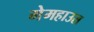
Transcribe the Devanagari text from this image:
गेमहाउस